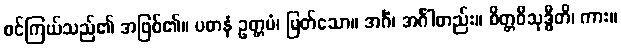
စင်ကြယ်သည်၏ အဖြစ်၏။ ပဓာနံ ဥတ္တမံ၊ မြတ်သော။ အင်္ဂံ၊ အင်္ဂါတည်း။ စိတ္တဝိသုဒ္ဓီတိ၊ ကား။